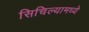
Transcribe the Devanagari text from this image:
सिचिल्यामध्ये